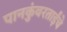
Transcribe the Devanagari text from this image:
पानकुंवरताईंचे